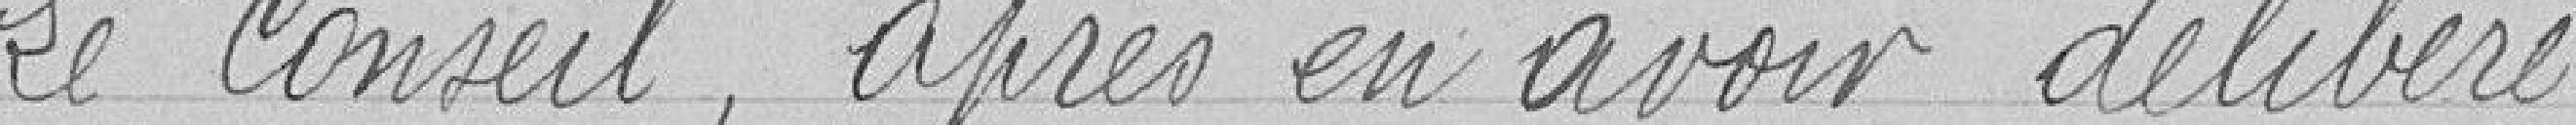
Le Conseil, après en avoir déliéré.